65_HS1-834228961_62-HQ-83894_Section_1
Agency: FBI
Page 10
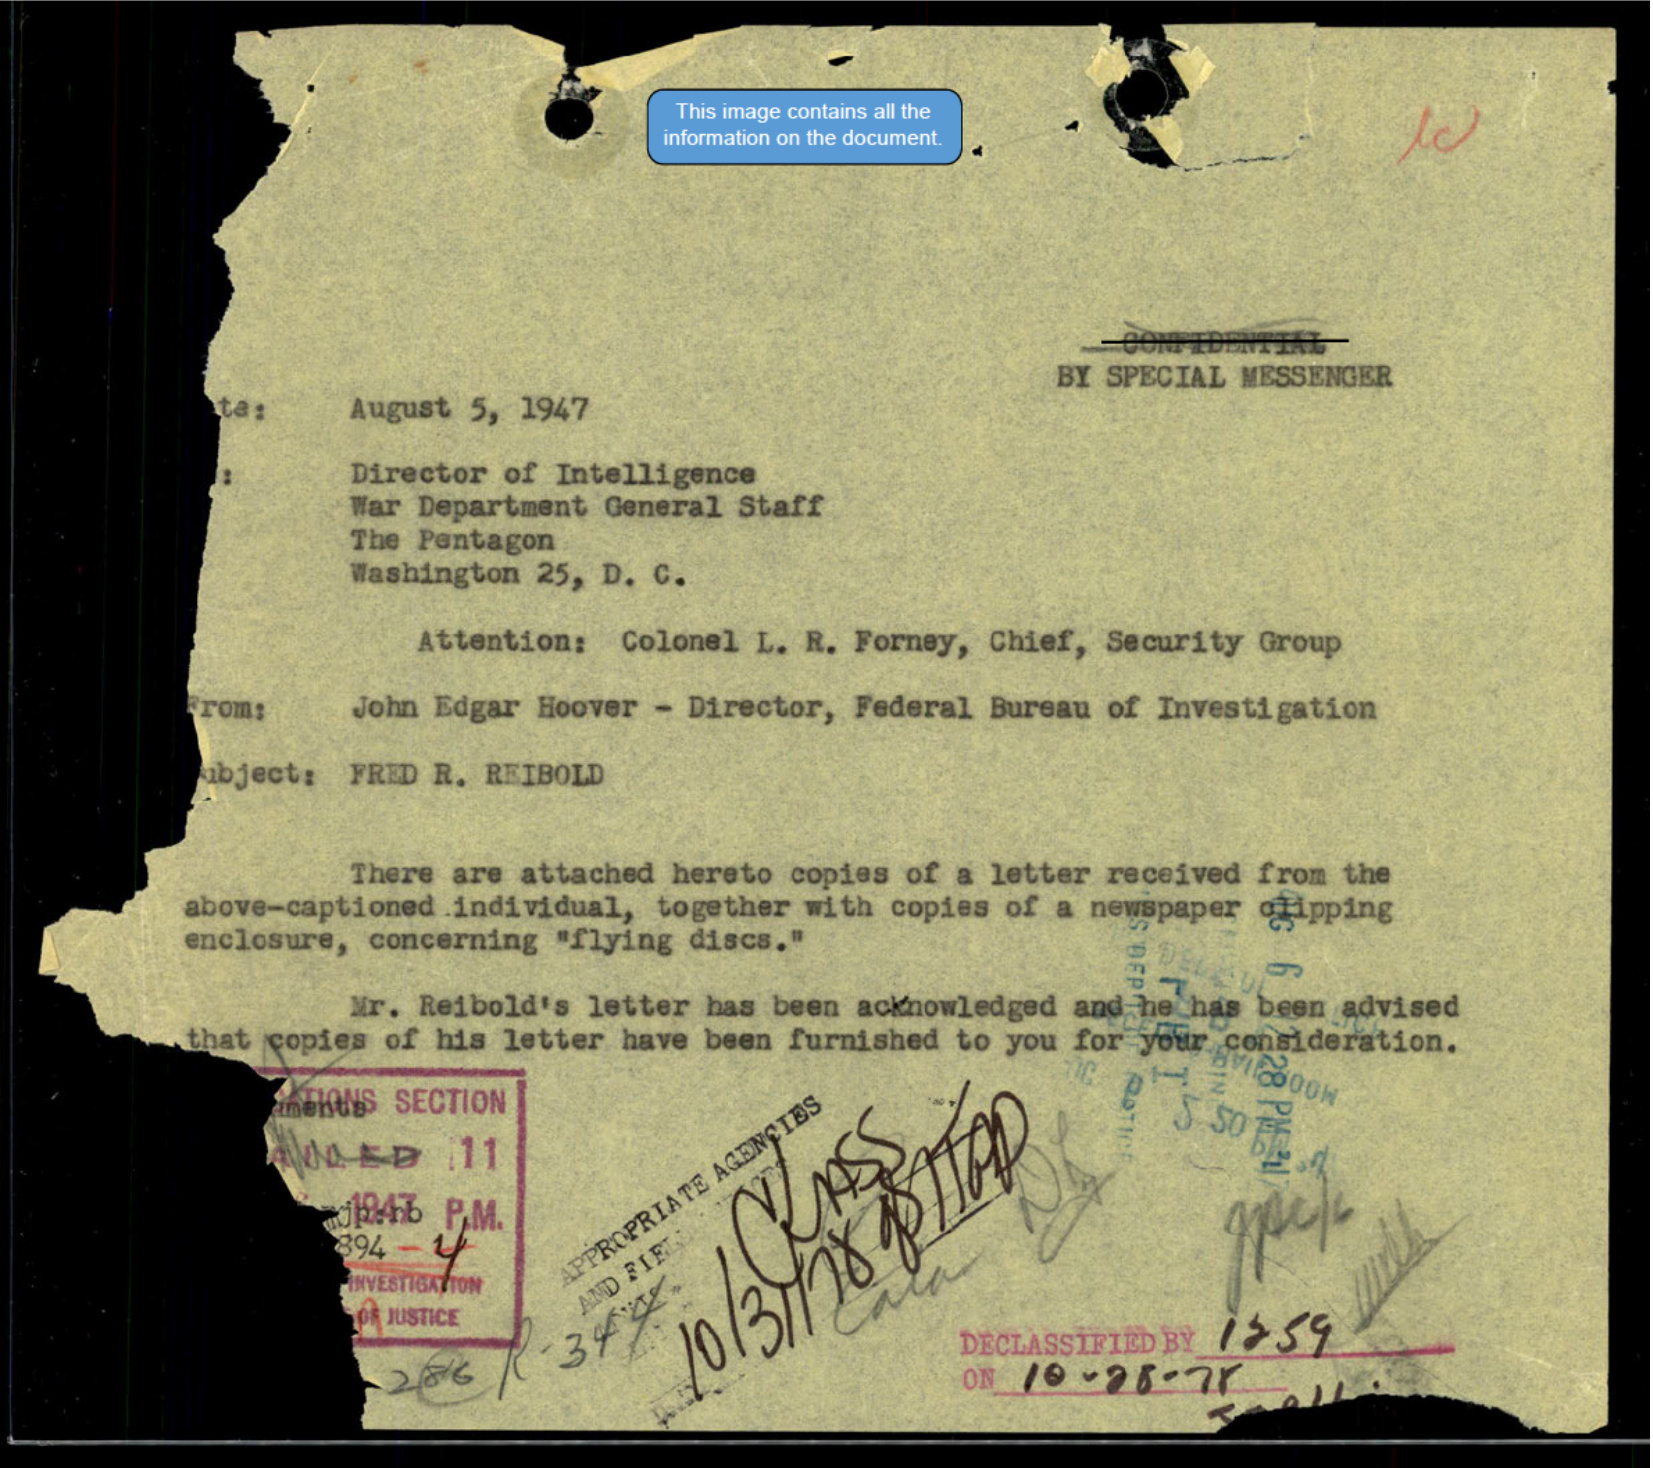